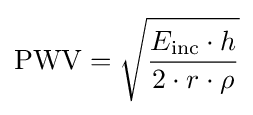
\mathrm {PWV} ={\sqrt {\dfrac {E_{\mathrm {inc} }\cdot h}{2\cdot r\cdot \rho }}}